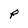
Character: P